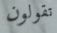
تقولون